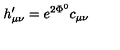
h _ { \mu \nu } ^ { \prime } = e ^ { 2 \Phi ^ { 0 } } c _ { \mu \nu }